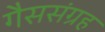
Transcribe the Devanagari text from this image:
गैससंग्रह